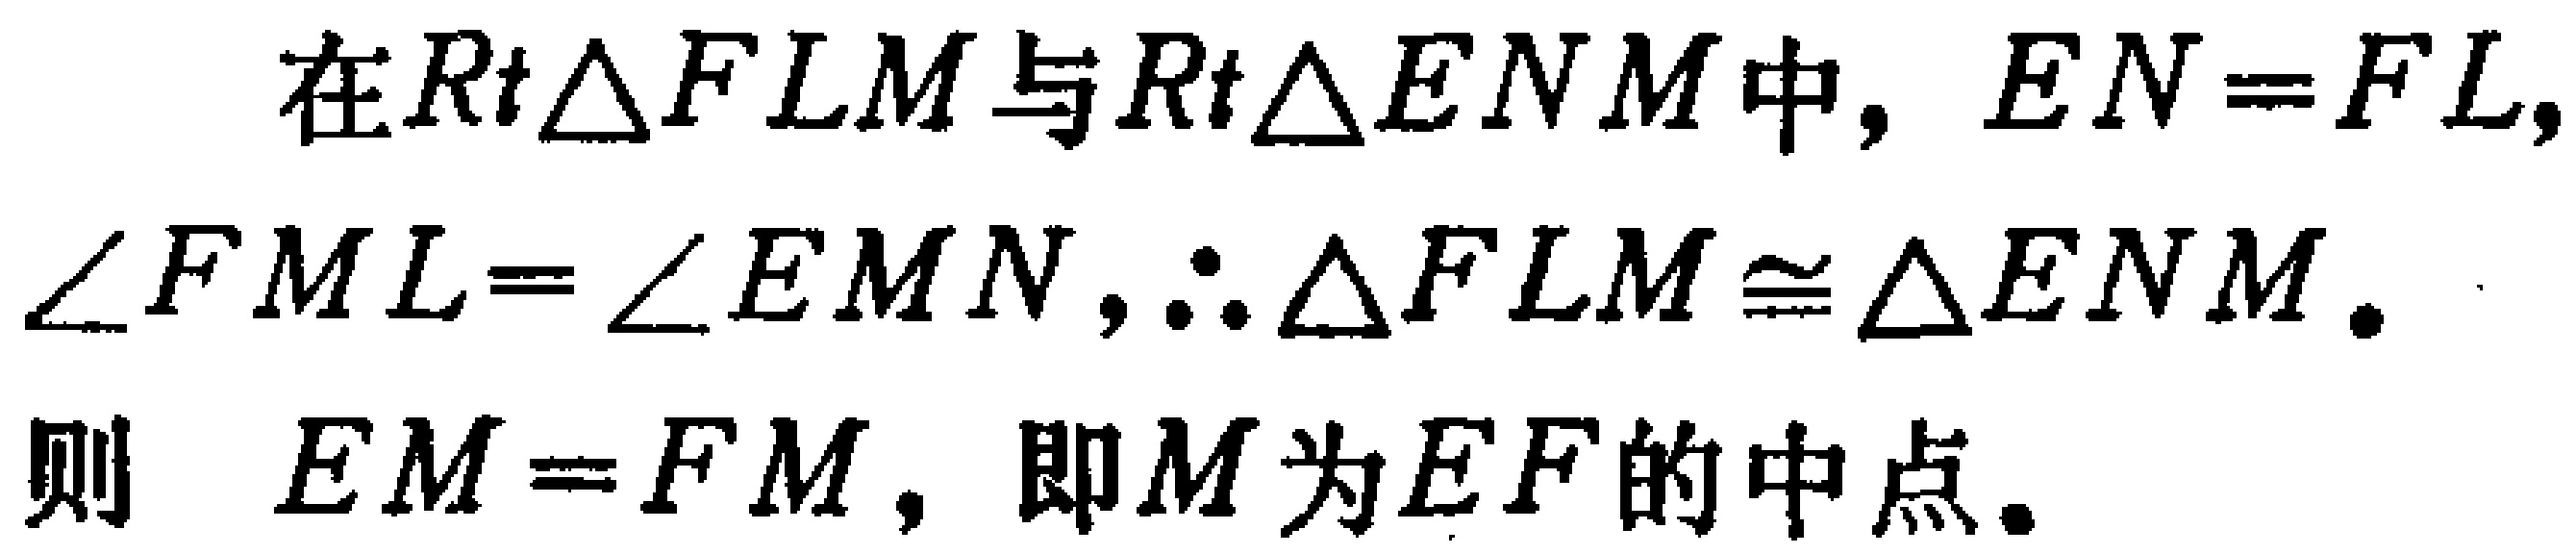
在\(Rt\triangle FLM\)与\(Rt\triangle ENM\)中，\(EN = FL\)，\(\angle FML=\angle EMN\)，\(\therefore \triangle FLM\cong\triangle ENM\)。
则 \(EM = FM\)，即\(M\)为\(EF\)的中点。